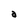
Character: a